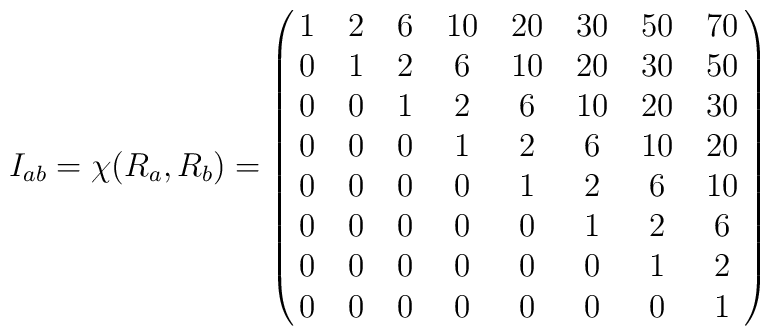
I_{ab}=\chi(R_a,R_b)=\pmatrix{1&2&6&10&20&30&50&70 \cr0&1&2&6&10&20&30&50\cr0&0&1&2&6&10&20&30\cr0&0&0&1&2&6&10&20\cr0&0&0&0&1&2&6&10\cr0&0&0&0&0&1&2&6\cr0&0&0&0&0&0&1&2\cr0&0&0&0&0&0&0&1}